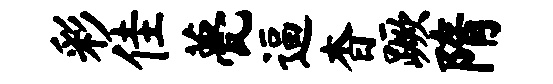
彩佳甍逼杳蹶隋